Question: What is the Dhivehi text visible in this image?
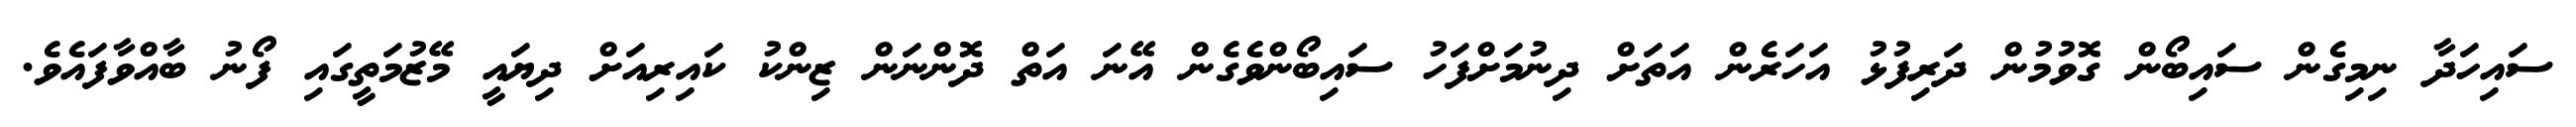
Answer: ސައިހަދާ ނިމިގެން ސައިބޯން ގޮވުމުން ދަރިފުޅު އަހަރެން އަތަށް ދިނުމަށްފަހު ސައިބޯންވެގެން އޭނަ އަތް ދޮންނަން ޒިންކު ކައިރިއަށް ދިޔައީ މޭޒުމަތީގައި ފޯނު ބާއްވާފައެވެ.